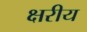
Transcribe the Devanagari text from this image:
क्षरीय